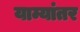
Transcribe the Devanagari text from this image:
याम्यांतर